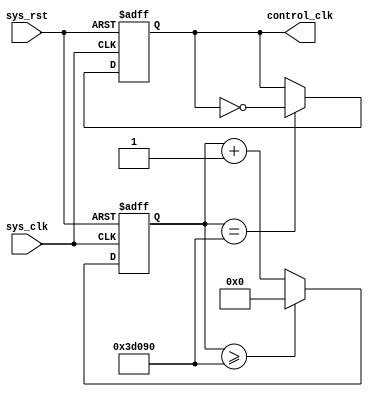
/*
written by Zyy Zhou
to divide the clock signal and thus control the frequency of the generated signal
*/
module clkdiv (
	input           sys_clk,
	input           sys_rst,
	output   reg    control_clk
);


reg   [30:0]  counter;


always @(posedge sys_clk or negedge sys_rst) begin
	if (!sys_rst)begin
		control_clk <= 1'b0;
	end
	else if (counter == 'd250000)begin  //the frequency of the clk signal is set as 1Hz
		control_clk <= !control_clk;
	end
end


always @(posedge sys_clk or negedge sys_rst) begin
	if (!sys_rst)begin
		counter <= 1'b0;
	end
	else if (counter >= 'd250000)begin
		counter <= 'd0;
	end
	else begin
		counter <= counter + 1'd1;
	end
end


endmodule